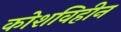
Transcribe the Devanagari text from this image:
कोशविहीन